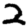
Digit: 2